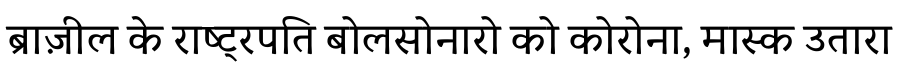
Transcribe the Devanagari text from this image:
ब्राज़ील के राष्ट्रपति बोलसोनारो को कोरोना, मास्क उतारा